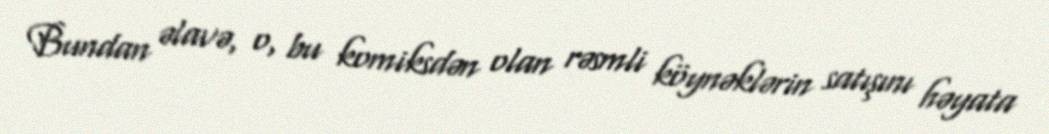
Bundan əlavə, o, bu komiksdən olan rəsmli köynəklərin satışını həyata